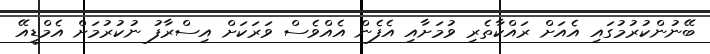
ބޭނުންކުރުމުގައި އެއަށް ރައްކާތެރި ވުމަށާއި އެފެން އެއްވެސް ވަރަކަށް އިސްރާފު ނުކުރުމަށް އެމްޑީއޭ